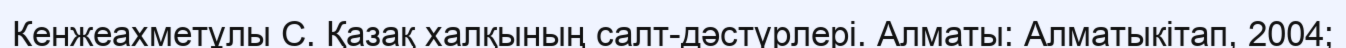
Кенжеахметұлы С. Қазақ халқының салт-дәстүрлері. Алматы: Алматыкітап, 2004;